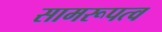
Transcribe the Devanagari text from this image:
सामरूपत्व